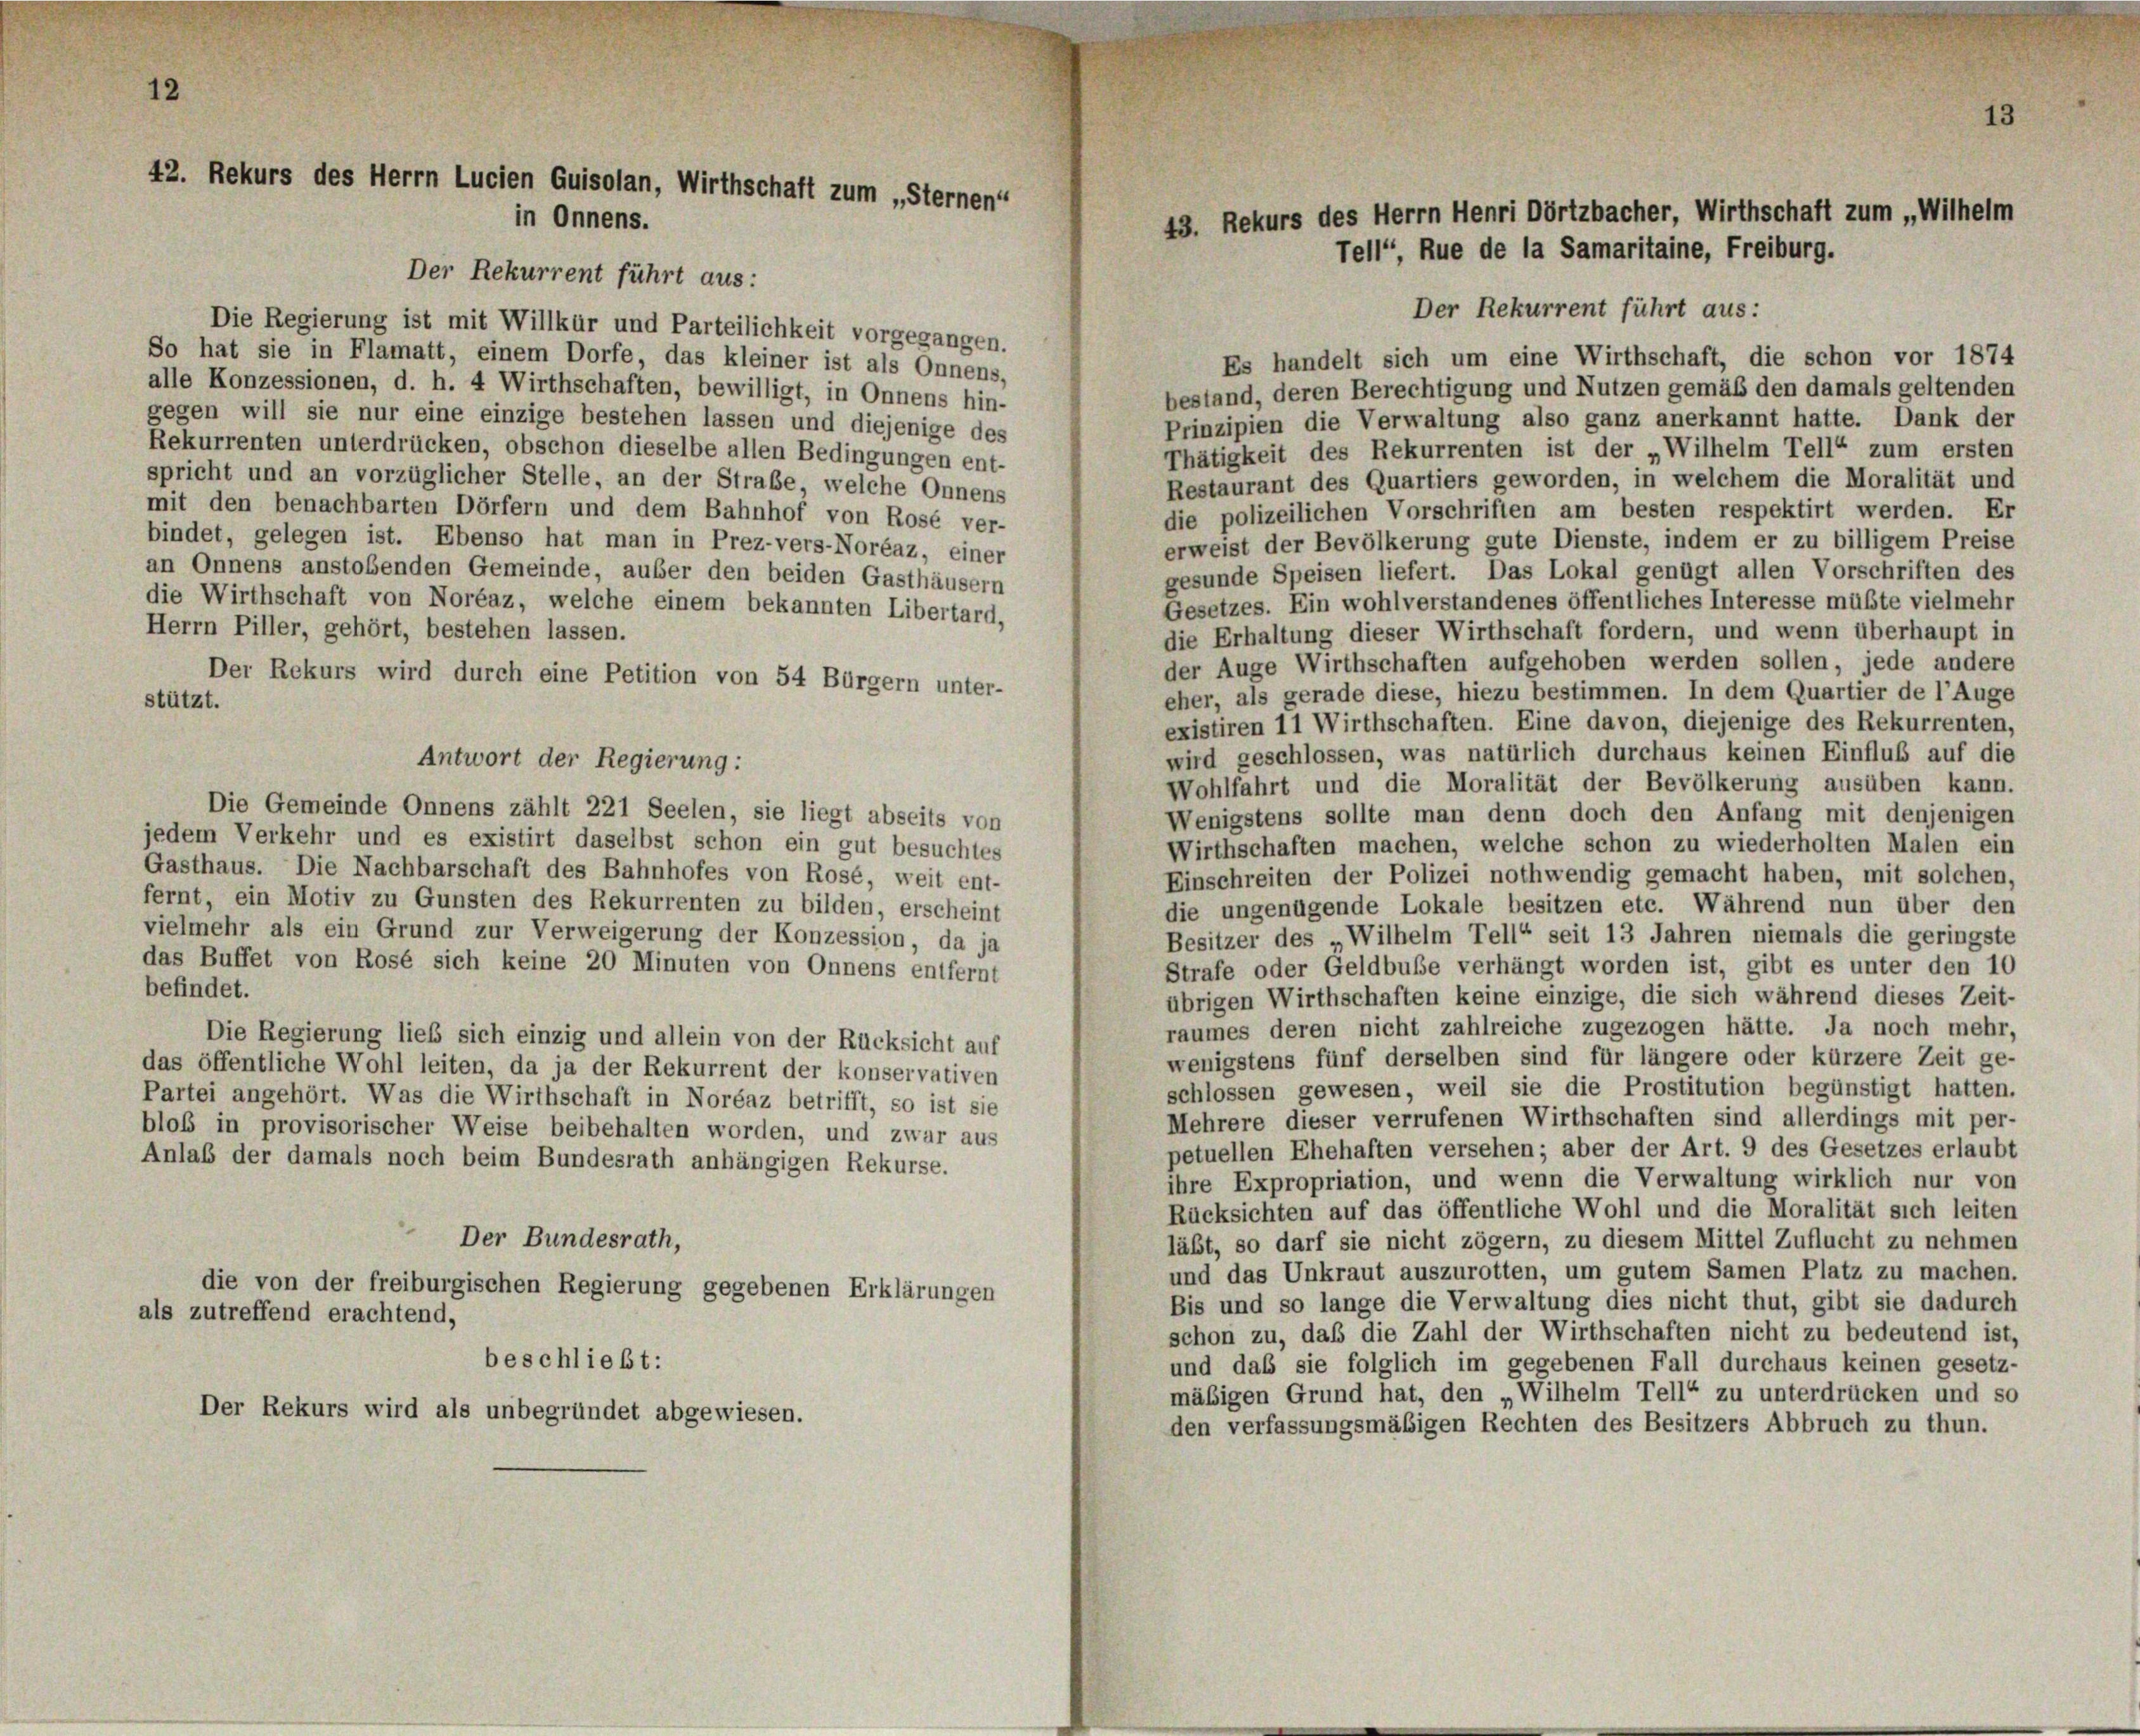
42. Rekurs des Herrn Lucien Quisolan, Wirthschaft zum „Sternen“
in Onnens.

Der Rekurrent führt aus:
Die Regierung ist mit Willkür und Parteilichkeit vorgegangen.
So hat sie in Flamatt, einem Dorfe, das kleiner ist als Onnens,
Es handelt sich um eine Wirthschaft, die schon vor 1874
alle Konzessionen, d. h. 4 Wirthschaften, bewilligt, in Onnens hin-
bestand, deren Berechtigung und Nutzen gemäß den damals geltenden
gegen will sie nur eine einzige bestehen lassen und diejenige des
Prinzipien die Verwaltung also ganz anerkannt hatte. Dank der
Rekurrenten unterdrücken, obschon dieselbe allen Bedingungen ent-
Thätigkeit des Rekurrenten ist der „Wilhelm Tell“ zum ersten
spricht und an vorzüglicher Stelle, an der Straße, welche Onnens
Restaurant des Quartiers geworden, in welchem die Moralität und
mit den benachbarten Dörfern und dem Bahnhof von Rosé ver-
die polizeilichen Vorschriften am besten respektirt werden. Er
bindet, gelegen ist. Ebenso hat man in Prez-vers-Noréaz, einer
erweist der Bevölkerung gute Dienste, indem er zu billigem Preise
an Onnens anstobenden Gemeinde, außer den beiden Gasthäusern
gesunde Speisen liefert. Das Lokal genügt allen Vorschriften des
die Wirthschaft von Noréaz, welche einem bekannten Libertard,
Gesetzes. Ein wohlverstandenes öffentliches Interesse müßte vielmehr
Herrn Piller, gehört, bestehen lassen.
die Erhaltung dieser Wirthschaft fordern, und wenn überhaupt in
der Auge Wirthschaften aufgehoben werden sollen, jede andere
Der Rekurs wird durch eine Petition von 54 Bürgern unter-
eher, als gerade diese, hiezu bestimmen. In dem Quartier de l’Auge
stützt.
existiren 11 Wirthschaften. Eine davon, diejenige des Rekurrenten,
wird geschlossen, was natürlich durchaus keinen Einfluß auf die
Wohlfahrt und die Moralität der Bevölkerung ausüben kann.
Die Gemeinde Onnens zählt 221 Seelen, sie liegt abseits von
Wenigstens sollte man denn doch den Anfang mit denjenigen
jedem Verkehr und es existirt daselbst schon ein gut besuchtes
Wirthschaften machen, welche schon zu wiederholten Malen ein
Gasthaus. Die Nachbarschaft des Bahnhofes von Rose, weit ent-
Einschreiten der Polizei nothwendig gemacht haben, mit solchen,
fernt, ein Motiv zu Gunsten des Rekurrenten zu bilden, erscheint
die ungenügende Lokale besitzen etc. Während nun über den
vielmehr als ein Grund zur Verweigerung der Konzession, da ja
Besitzer des „Wilhelm Tell“ seit 13 Jahren niemals die geringste
das Buffet von Rosé sich keine 20 Minuten von Onnens entfernt
Strafe oder Geldbuße verhängt worden ist, gibt es unter den 10
befindet.
übrigen Wirthschaften keine einzige, die sich während dieses Zeit-
raumes deren nicht zahlreiche zugezogen hätte. Ja noch mehr,
Die Regierung ließ sich einzig und allein von der Rücksicht auf
wenigstens fünf derselben sind für längere oder kürzere Zeit ge-
das öffentliche Wohl leiten, da ja der Rekurrent der konservativen
schlossen gewesen, weil sie die Prostitution begünstigt hatten.
Partei angehört. Was die Wirthschaft in Noréaz betrifft, so ist sie
Mehrere dieser verrufenen Wirthschaften sind allerdings mit per-
bloß in provisorischer Weise beibehalten worden, und zwar aus
petuellen Ehehaften versehen; aber der Art. 9 des Gesetzes erlaubt
Anlaß der damals noch beim Bundesrath anhängigen Rekurse.
ihre Expropriation, und wenn die Verwaltung wirklich nur von
Rücksichten auf das öffentliche Wohl und die Moralität sich leiten
Der Bundesrath,
läßt, so darf sie nicht zögern, zu diesem Mittel Zuflucht zu nehmen
und das Unkraut auszurotten, um gutem Samen Platz zu machen.
die von der freiburgischen Regierung gegebenen Erklärungen
Bis und so lange die Verwaltung dies nicht thut, gibt sie dadurch
als zutreffend erachtend,
schon zu, daß die Zahl der Wirthschaften nicht zu bedeutend ist,
beschließt:
und das sie folglich im gegebenen Fall durchaus keinen gesetz-
mäßigen Grund hat, den „Wilhelm Tell“ zu unterdrücken und so
Der Rekurs wird als unbegründet abgewiesen.
den verfassungsmäßigen Rechten des Besitzers Abbruch zu thun.

Der Rekurrent führt aus:

Antwort der Regierung:

43. Rekurs des Herrn Henri Dörtzbacher, Wirthschaft zum „Wilhelm
Tell“, Rue de la Samaritaine, Freiburg.